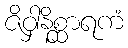
ဇိဝှါနိစ္ဆာရကံ